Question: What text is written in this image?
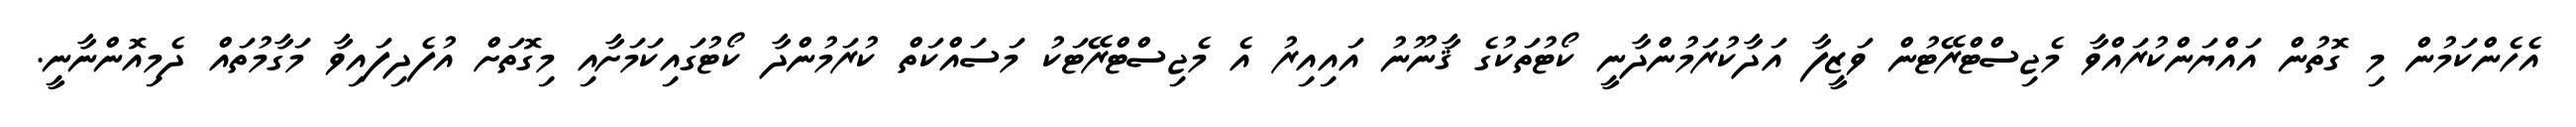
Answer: އެހެންކަމުން މި ގޮތުން އައްޔަންކުރައްވާ މެޖިސްޓްރޭޓުން ވަޒީފާ އަދާކުރަމުންދާނީ ކޯޓުތަކުގެ ޤާނޫނު އައިއިރު އެ މެޖިސްޓްރޭޓަކު މަސައްކަތް ކުރަމުންދާ ކޯޓުގައިކަމަށާއި މިގޮތަށް އުފެދިފައިވާ މަގާމުތައް ދެމިއޮންނާނީ.